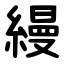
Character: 縵